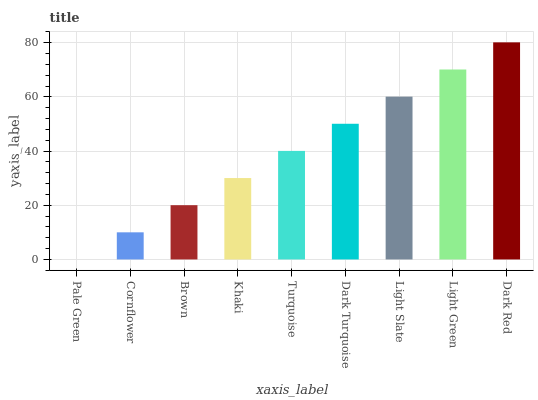
| xaxis_label | bars |
 | --- | --- |
 | Pale Green | 0 |
 | Cornflower | 10 |
 | Brown | 20 |
 | Khaki | 30 |
 | Turquoise | 40.1 |
 | Dark Turquoise | 50.1 |
 | Light Slate | 60.1 |
 | Light Green | 70.1 |
 | Dark Red | 80.1 |